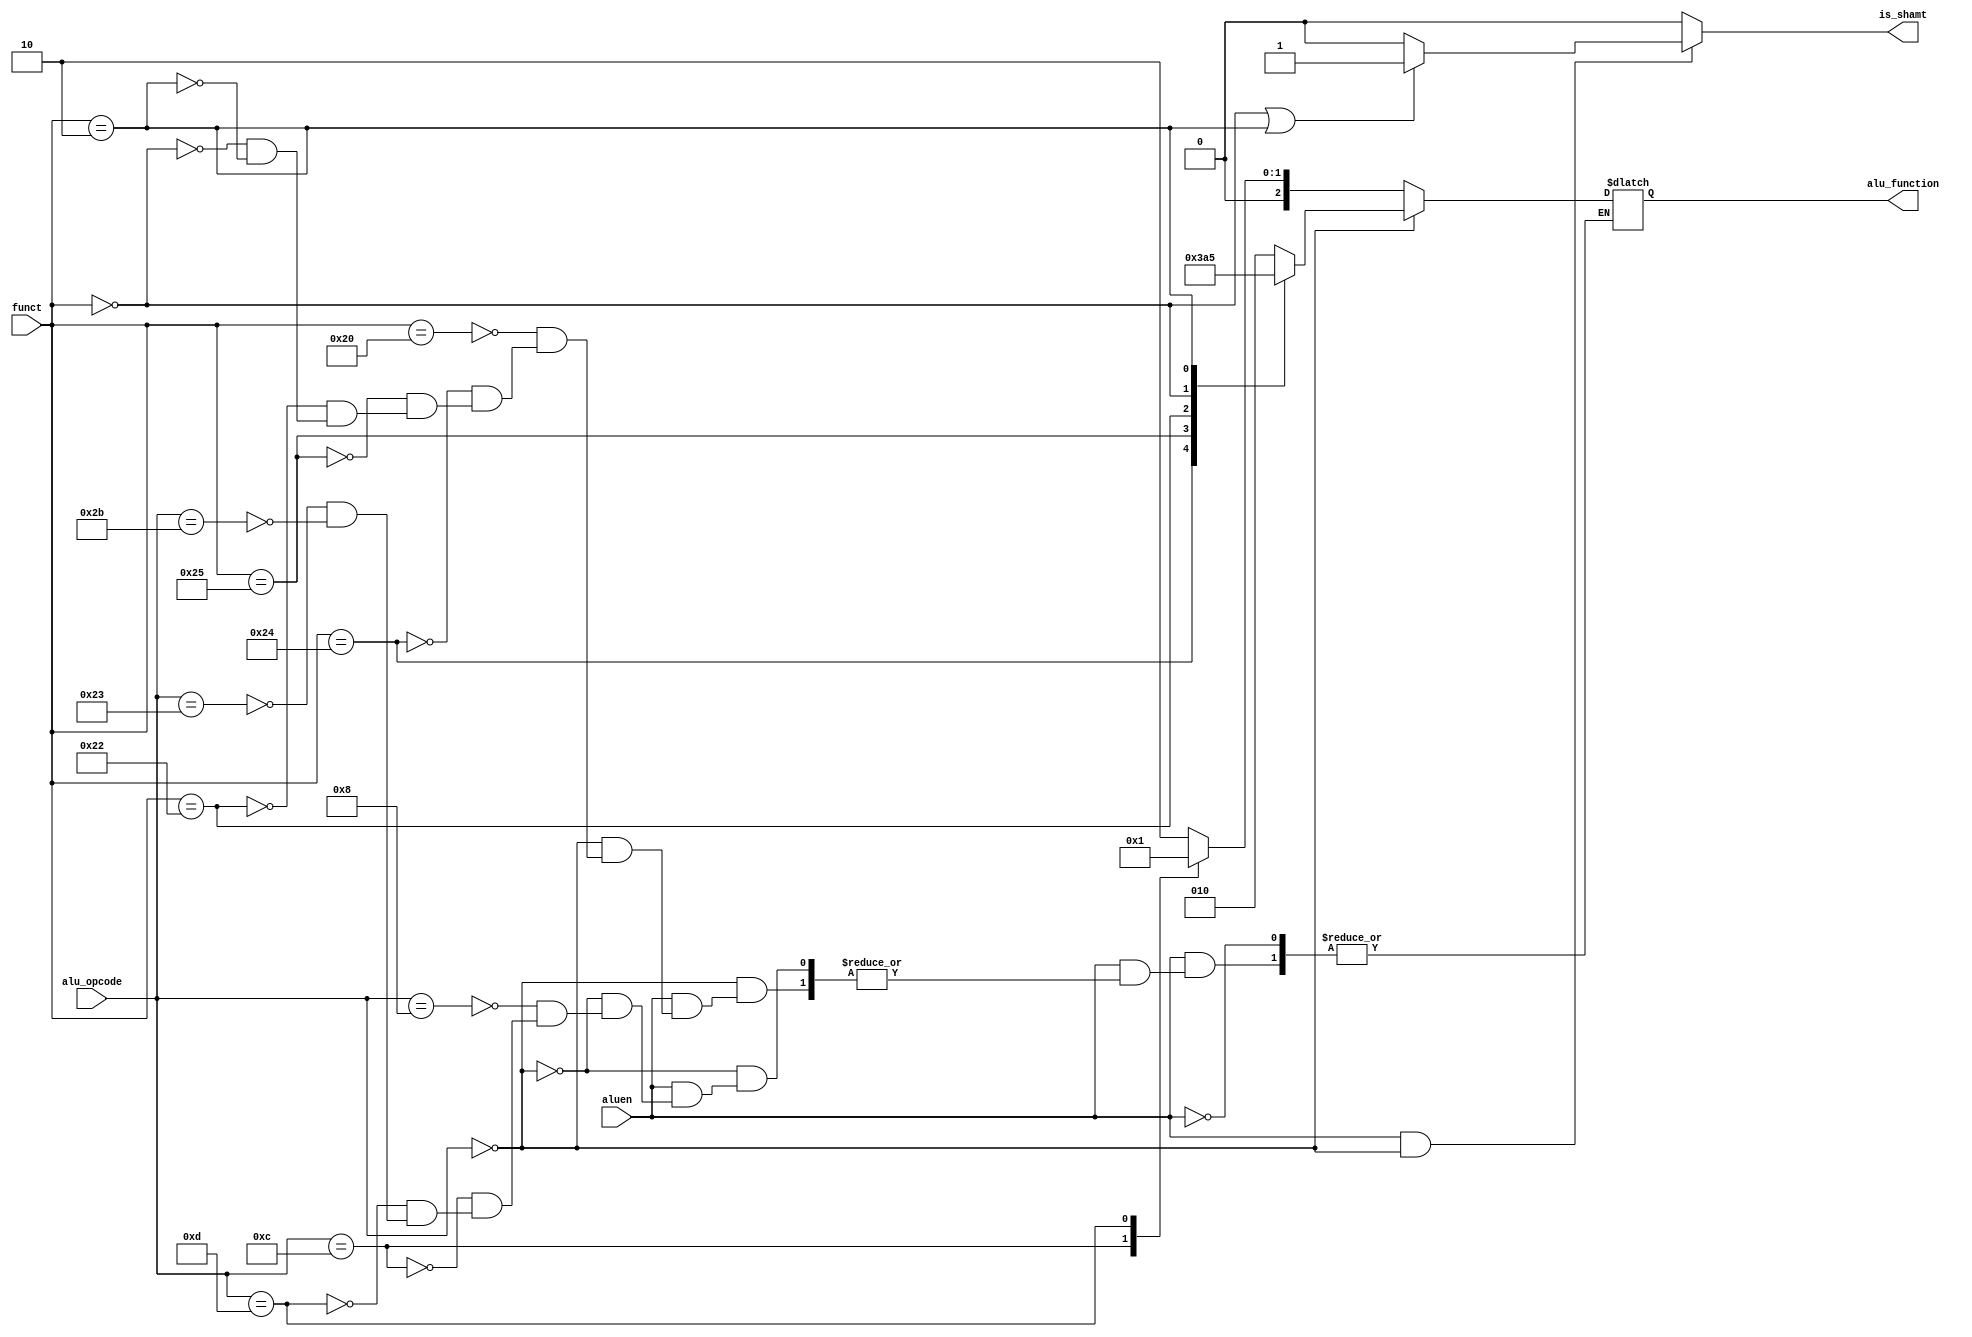
`timescale 1ns / 1ps
//////////////////////////////////////////////////////////////////////////////////
// Company: 
// Engineer: 
// 
// Design Name: 
// Module Name: alu_controller
// Project Name: 
// Target Devices: 
// Tool Versions: 
// Description: 
// 
// Dependencies: 
// 
// Revision:
// Revision 0.01 - File Created
// Additional Comments:
// 
//////////////////////////////////////////////////////////////////////////////////


module alu_controller(aluen, funct, alu_opcode, alu_function, is_shamt);
input aluen;
input [5:0] funct, alu_opcode;
output reg [2:0] alu_function;
output reg is_shamt;
parameter ADD = 6'h20, AND = 6'h24, OR = 6'h25, SUB = 6'h22, LEFT_SHIFT = 6'h00, RIGHT_SHIFT = 6'h02,
ADDI = 6'h8, ANDI = 6'hC, ORI = 6'hD, LWI = 6'h23, SWI = 6'h2b;

always @(*)
begin
    if(aluen)
    begin
    if(alu_opcode == 6'h0)
    begin
        case (funct)
            ADD: alu_function = 3'b010;
            AND: alu_function = 3'b000;
            OR: alu_function = 3'b001;
            SUB: alu_function = 3'b110;
            LEFT_SHIFT: alu_function = 3'b100; 
            RIGHT_SHIFT: alu_function = 3'b101;
        endcase
     end
     else
     begin
        case (alu_opcode)
            ADDI: alu_function = 3'b010;
            ANDI: alu_function = 3'b000;
            ORI: alu_function = 3'b001;
            LWI: alu_function = 3'b010;
            SWI: alu_function = 3'b010;
        endcase
     end
    end
end

always @(*)
begin
if(aluen && (alu_opcode == 6'h0))
begin
    if((funct == LEFT_SHIFT) ||  (funct == RIGHT_SHIFT))
        is_shamt = 1;
    else
        is_shamt = 0;
end
else 
is_shamt = 0;
end
endmodule